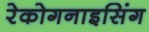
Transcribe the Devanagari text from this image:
रेकोगनाइसिंग